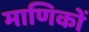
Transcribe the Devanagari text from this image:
माणिकों